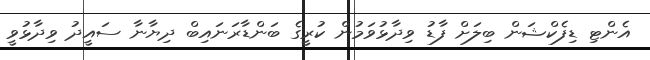
އެންޓި ޑިފެކްޝަން ބިލަށް ފާޑު ވިދާޅުވަމުން ކުރީގެ ބަންޑާރަނައިބް ދިޔާނާ ސައީދު ވިދާޅުވީ